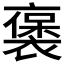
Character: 𬡭